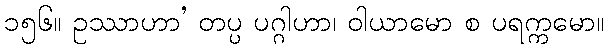
၁၅၆။ ဥဿာဟာ’ တပ္ပ ပဂ္ဂါဟာ၊ ဝါယာမော စ ပရက္ကမော။